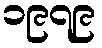
၁၉၇၉